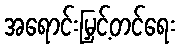
အရောင်းမြှင့်တင်ရေး